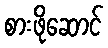
စားဖိုဆောင်